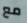
مع